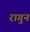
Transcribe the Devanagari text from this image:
रागुन